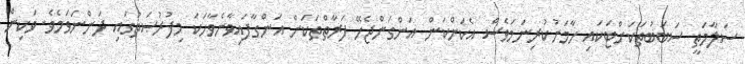
ސަލާމަތީ ސަބަބުތަކަށްޓަކައި ހާމަނުކުރިނަމަވެސް އެކަންކަން އަންގަންޖެހޭ ފަރާތްތަކަށް އަންގާފައިވާނެވާހަކަ މިފުރުޞަތުގައި ދަންނަވަމެވެ. ވަކިން